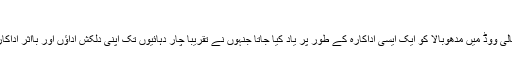
"جڑواں 2" میں دو دو سلمان
ممبئی 22 فروری (یو این آئی) بالی ووڈ میں مدھوبالا کو ایک ایسی اداکارہ کے طور پر یاد کیا جاتا جنہوں نے تقریباً چار دہائیوں تک اپنی دلکش اداؤں اور بااثر اداکاری سے فلمی مداحوں کا دل جیتا۔